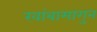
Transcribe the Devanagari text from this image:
खांबामागुन